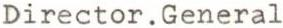
Director . General